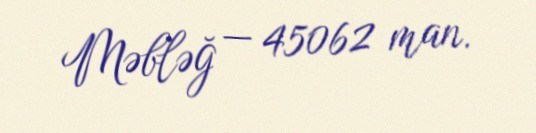
Məbləğ — 45062 man.